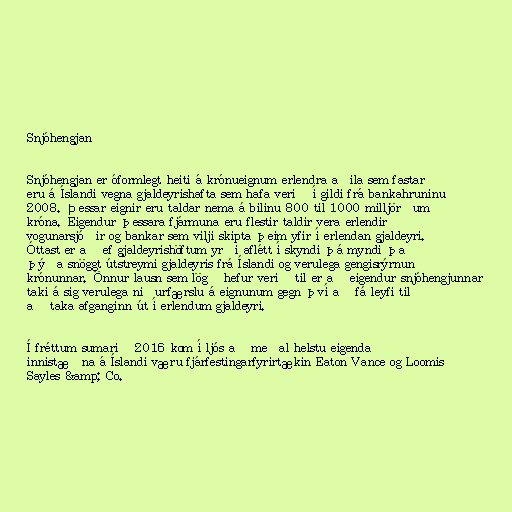
Snjóhengjan

Snjóhengjan er óformlegt heiti á krónueignum erlendra aðila sem fastar
eru á Íslandi vegna gjaldeyrishafta sem hafa verið í gildi frá bankahruninu
2008. Þessar eignir eru taldar nema á bilinu 800 til 1000 milljörðum
króna. Eigendur þessara fjármuna eru flestir taldir vera erlendir
vogunarsjóðir og bankar sem vilji skipta þeim yfir í erlendan gjaldeyri.
Óttast er að ef gjaldeyrishöftum yrði aflétt í skyndi þá myndi það
þýða snöggt útstreymi gjaldeyris frá Íslandi og verulega gengisrýrnun
krónunnar. Önnur lausn sem lögð hefur verið til er að eigendur snjóhengjunnar
taki á sig verulega niðurfærslu á eignunum gegn því að fá leyfi til
að taka afganginn út í erlendum gjaldeyri.

Í fréttum sumarið 2016 kom í ljós að meðal helstu eigenda
innistæðna á Íslandi væru fjárfestingarfyrirtækin Eaton Vance og Loomis
Sayles &amp; Co.